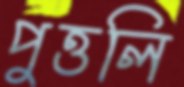
পুত্তলি